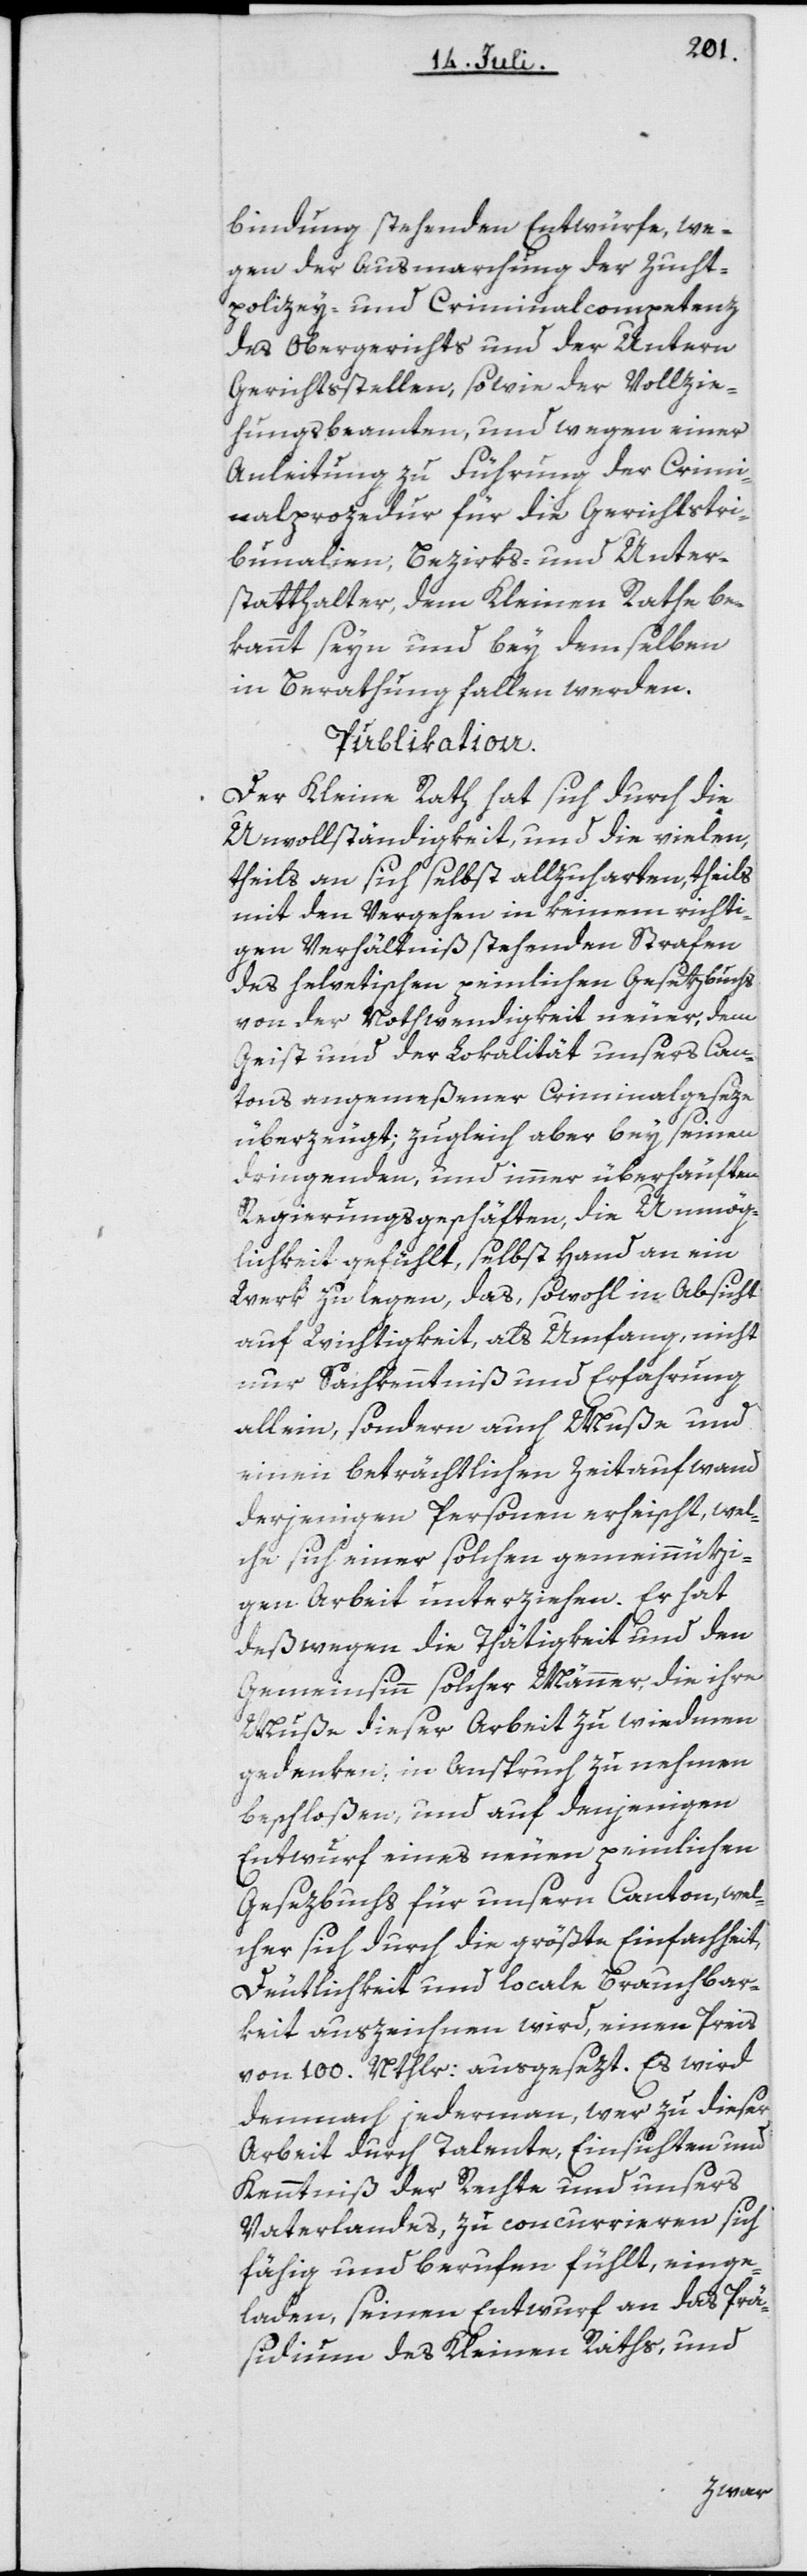
bindung stehenden Entwürfe, we¬
gen der Ausmarchung der Zucht¬
polizey- und Criminalcompetenz
des Obergerichts und der Untern
Gerichtsstellen, sowie der Vollzie¬
hungsbeamten, und wegen einer
Anleitung zu Führung der Crimi¬
nalprozedur für die Gerichtstri¬
bunalien, Bezirks- und Unter¬
statthalter, dem Kleinen Rathe be¬
kannt seyn und bey demselben
in Berathung fallen werden.
Publikation.
Der Kleine Rath hat sich durch die
Unvollständigkeit, und die vielen,
theils an sich selbst allzuharten, theils
mit den Vergehen in keinem richti¬
gen Verhältniß stehenden Strafen
des helvetischen peinlichen Gesetzbuchs
von der Nothwendigkeit neuer, dem
Geist und der Lokalität unsers Can¬
tons angemeßener Criminalgeseze
überzeugt; zugleich aber bey seinen
dringenden, und immer überhäuften
Regierungsgeschäften, die Unmög¬
lichkeit gefühlt, selbst Hand an ein
Werk zu legen, das, sowohl in Absicht
auf Wichtigkeit, als Umfang, nicht
nur Sachkenntniß und Erfahrung
allein, sondern auch Muße und
einen beträchtlichen Zeitaufwand
derjenigen Personen erheischt, wel¬
che sich einer solchen gemeinnützi¬
gen Arbeit unterziehen. Er hat
deßwegen die Thätigkeit und den
Gemeinsinn solcher Männer, die ihre
Muße dieser Arbeit zu wiedmen
gedenken, in Anspruch zu nehmen
beschloßen, und auf denjenigen
Entwurf eines neuen peinlichen
Gesezbuchs für unsern Canton, wel¬
cher sich durch die größte Einfachheit,
Deutlichkeit und locale Brauchbar¬
keit auszeichnen wird, einen Preis
von 100. Nthlr: ausgesezt. Es wird
demnach jederman, wer zu dieser
Arbeit durch Talente, Einsichten und
Kenntniß der Rechte und unsers
Vaterlandes, zu concurrieren sich
fähig und berufen fühlt, einge¬
laden, seinen Entwurf an das Prä¬
sidium des Kleinen Raths, und